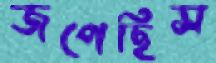
জপেছিস